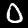
Label: 0